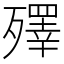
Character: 殬